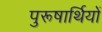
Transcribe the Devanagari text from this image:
पुरूषार्थियों